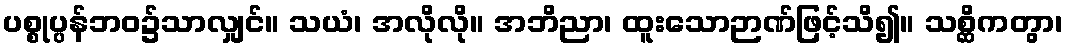
ပစ္စုပ္ပန်ဘဝ၌သာလျှင်။ သယံ၊ အလိုလို။ အဘိညာ၊ ထူးသောဉာဏ်ဖြင့်သိ၍။ သစ္ဆိကတွာ၊